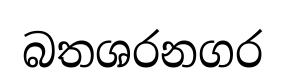
බතශරනගර